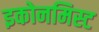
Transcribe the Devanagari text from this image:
इकोनमिस्ट